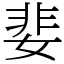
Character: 婓